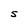
Character: S